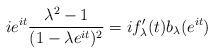
LaTeX: \begin{align*}ie^{it}\frac{\lambda^{2}-1}{(1-\lambda e^{it})^{2}}=if_{\lambda}'(t)b_{\lambda}(e^{it})\end{align*}